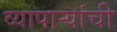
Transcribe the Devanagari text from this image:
व्यापाऱ्यांची